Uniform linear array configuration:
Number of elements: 32
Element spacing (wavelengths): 1
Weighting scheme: cosine
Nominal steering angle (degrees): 0
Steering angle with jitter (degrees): -0.5659
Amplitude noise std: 0.05
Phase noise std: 0.05

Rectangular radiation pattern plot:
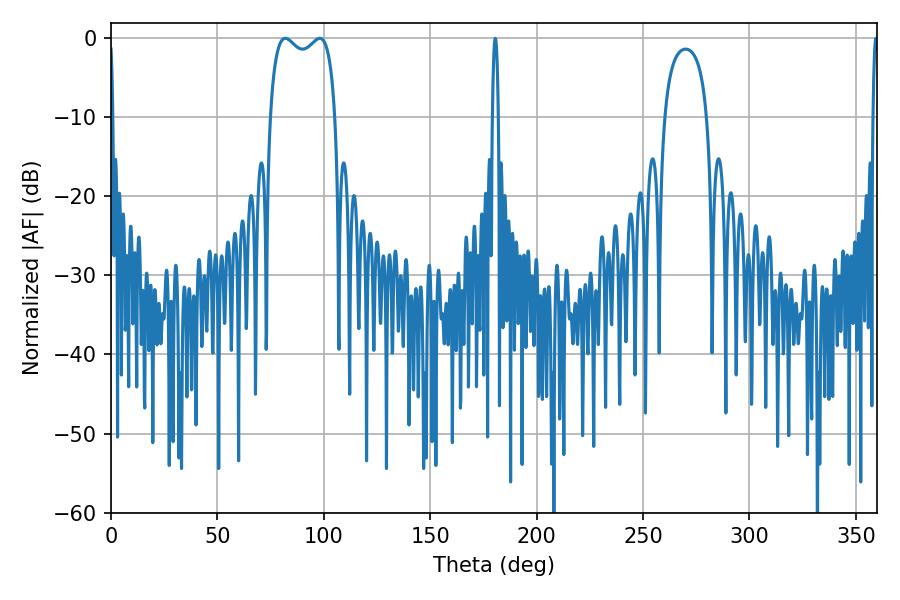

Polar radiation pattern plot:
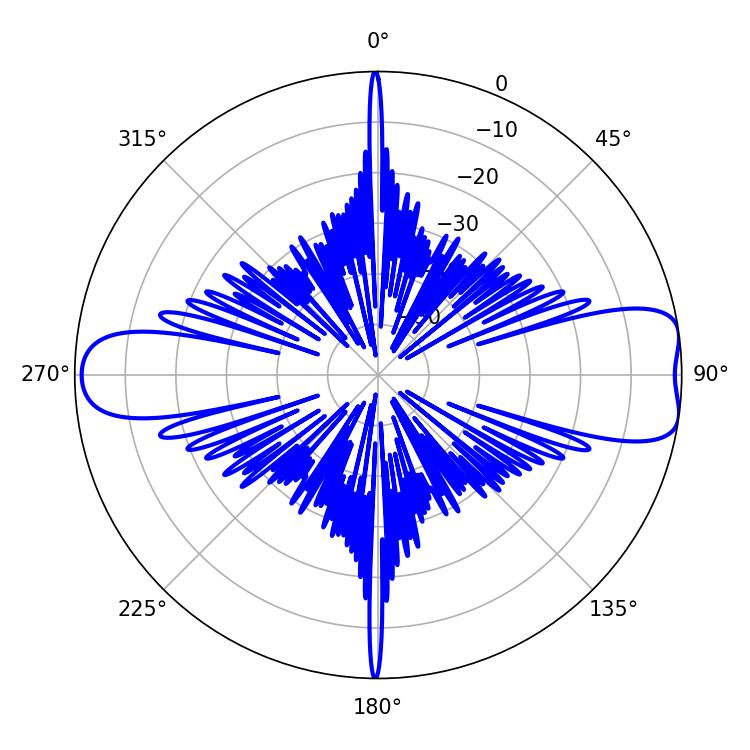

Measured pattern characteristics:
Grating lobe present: TRUE
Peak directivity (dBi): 9.521
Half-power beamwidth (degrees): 25.2
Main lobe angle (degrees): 81.9